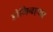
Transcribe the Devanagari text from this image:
डोमिनएयर